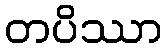
တပိဿာ